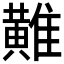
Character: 𪏌